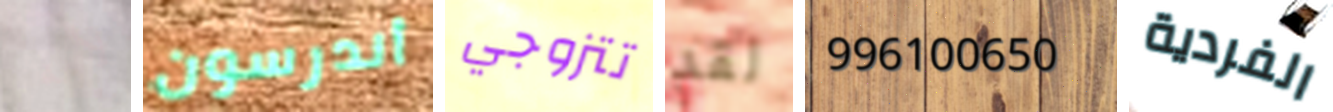
لأمه أندرسون تتزوجي لقد 996100650 الفردية